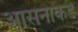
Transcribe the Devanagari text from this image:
आसनाकडे